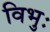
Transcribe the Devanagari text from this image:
विभुः